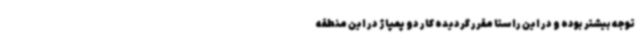
توجه بیشتر بوده و در این راستا مقرر گردیده کار دو پمپاژ در این منطقه